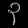
Digit: ၃